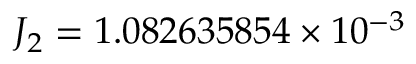
J _ { 2 } = 1 . 0 8 2 6 3 5 8 5 4 \times 1 0 ^ { - 3 }